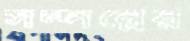
সম্পন্নের